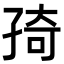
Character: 𭓊